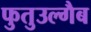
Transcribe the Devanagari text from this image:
फुतुउल्गैब